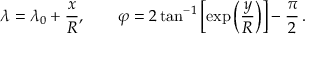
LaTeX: \lambda = \lambda _ { 0 } + { \frac { x } { R } } , \qquad \varphi = 2 \tan ^ { - 1 } \left[ \exp \left( { \frac { y } { R } } \right) \right] - { \frac { \pi } { 2 } } \, .